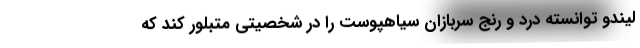
لیندو توانسته درد و رنج سربازان سیاهپوست را در شخصیتی متبلور کند که